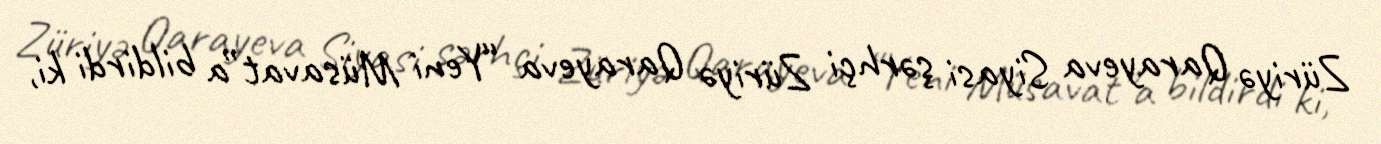
Züriyə Qarayeva Siyasi şərhçi Züriyə Qarayeva “Yeni Müsavat”a bildirdi ki,